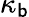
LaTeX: \kappa_{\mathsf{b}}